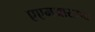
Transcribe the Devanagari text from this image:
एएमआरआय